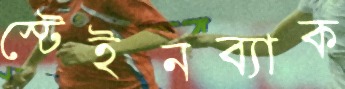
স্টেইনব্যাক